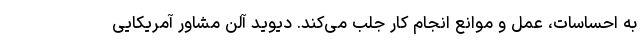
به احساسات، عمل و موانع انجام کار جلب می‌کند. دیوید آلن مشاور آمریکایی